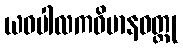
ယဝပါလကဝိမာနဝတ္ထု